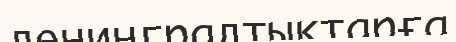
ленинградтықтарға